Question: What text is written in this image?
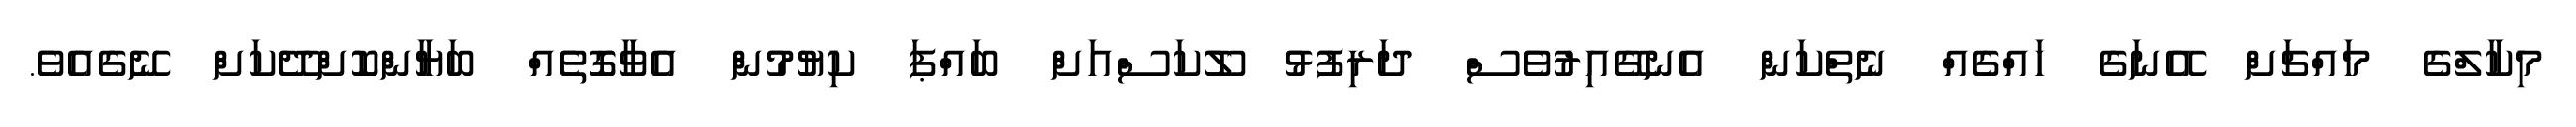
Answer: މިކާލްގެ މައްޗަށް އޭނަގެ ހައްގެއް ނެތްކަން އެނގޭއިރުވެސް ދަރިފުޅު ލޫކަސްއަށް ބައްޕަ ކިޔުމުން އެވާގޮތެއް ބަޔާންކޮށްދޭކަށް ނޭގެއެވެ.